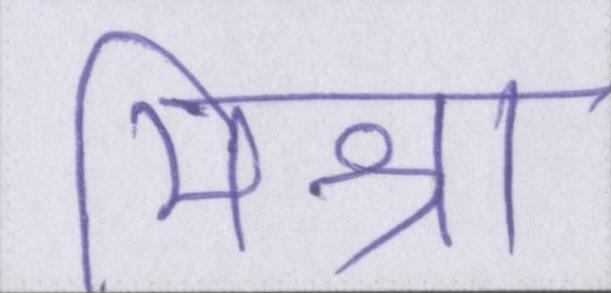
मिश्रा